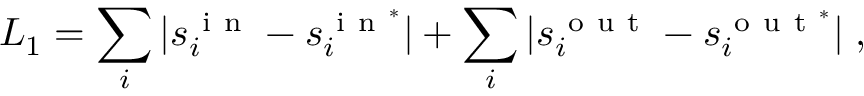
L _ { 1 } = \sum _ { i } | s _ { i } ^ { \mathrm { ~ i ~ n ~ } } - s _ { i } ^ { \mathrm { ~ i ~ n ~ } ^ { * } } | + \sum _ { i } | s _ { i } ^ { \mathrm { ~ o ~ u ~ t ~ } } - s _ { i } ^ { \mathrm { ~ o ~ u ~ t ~ } ^ { * } } | \; ,